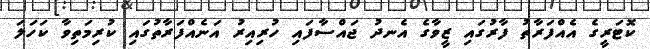
ކޮޓަރީގެ އެއްފަރާތު ފާރުގައި ޒީވާގެ އެނދު ޖައްސާފައި ހުރިއިރު އަނެއްފަރާތުގައި ކުރިމަތިވާ ކަހަލަ